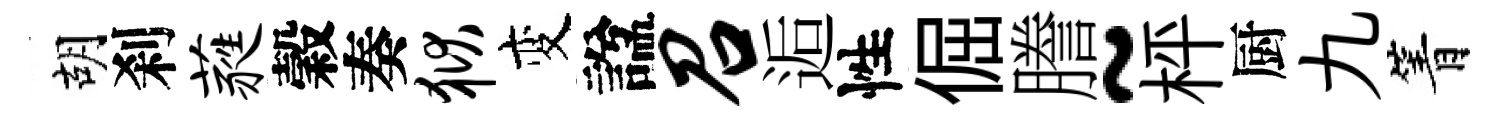
胡刹蕤穀奏狱变諡召逅性倔謄~枰厨九箐